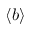
\langle b \rangle